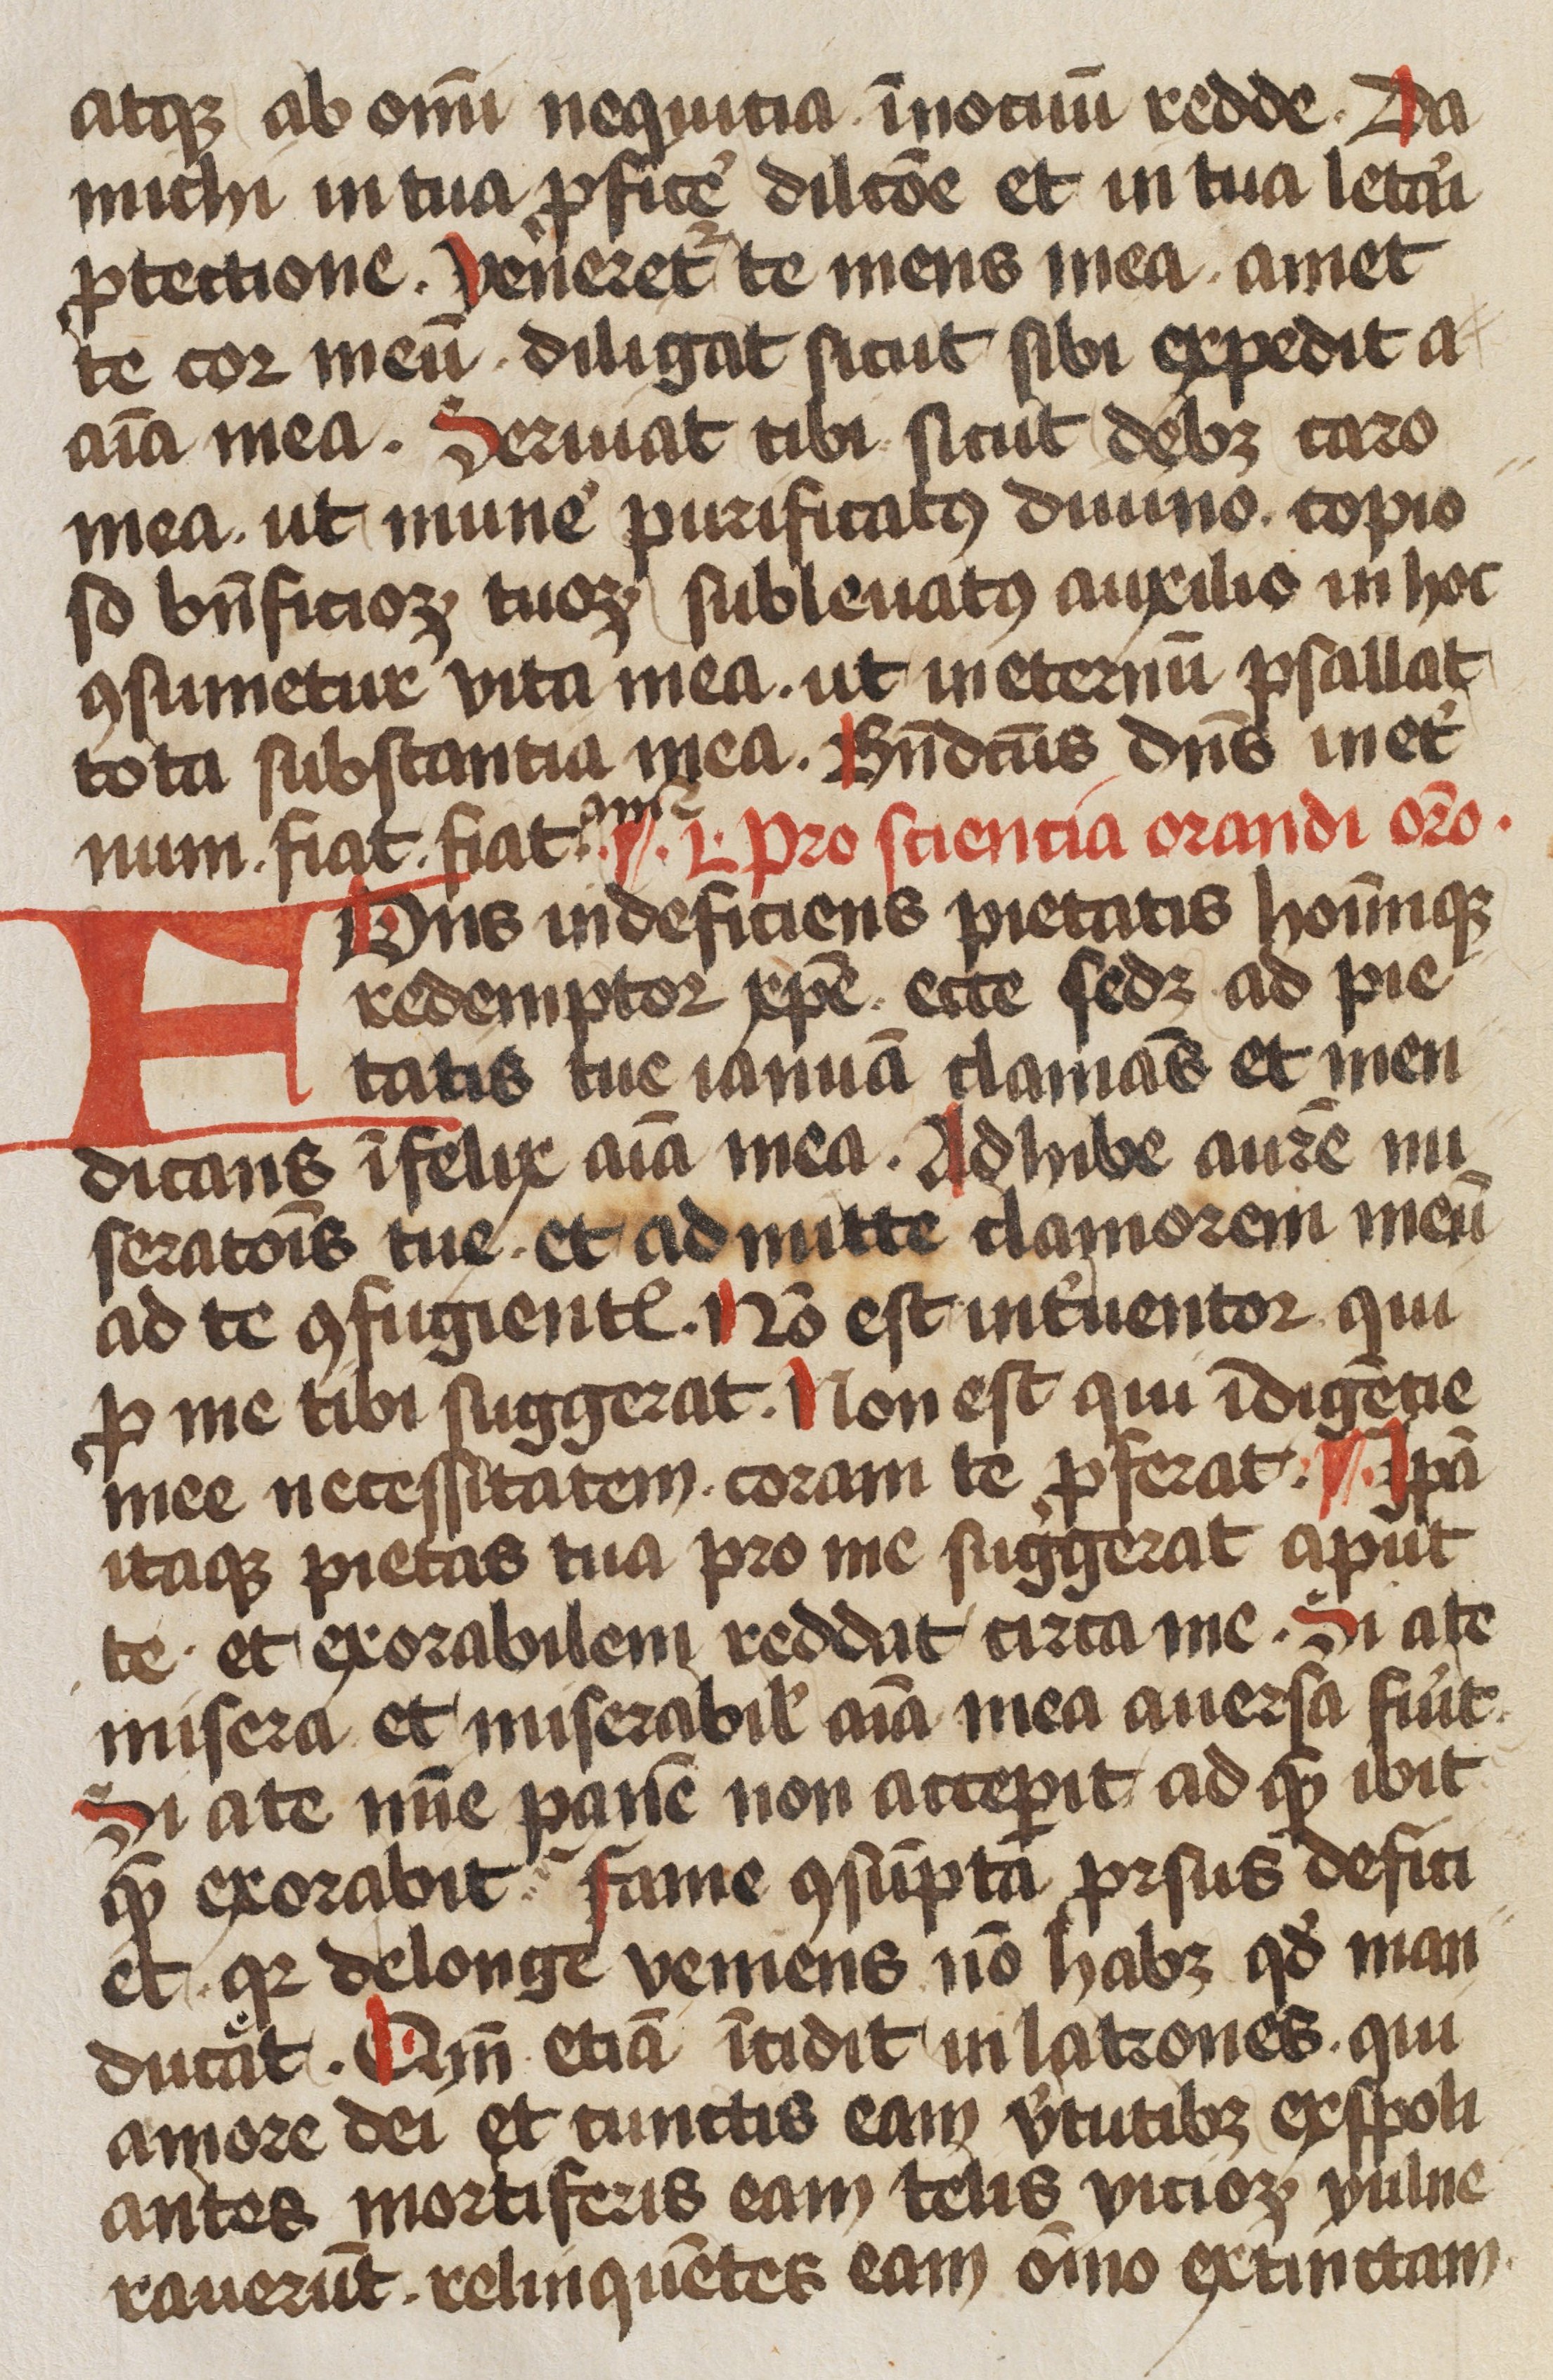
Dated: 1450–1499